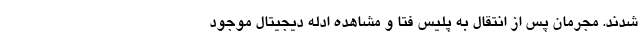
شدند. مجرمان پس از انتقال به پلیس فتا و مشاهده ادله دیجیتال موجود